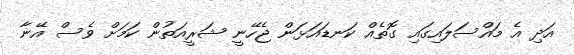
އަދި އެ މައްސަލައިގައި ގޮތެއް ކަނޑައަޅަން ޖެހޭނީ ޝަރީއަތުން ކަމަށް ވެސް އޭނާ